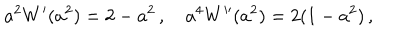
a ^ { 2 } W ^ { \prime } ( a ^ { 2 } ) = 2 - a ^ { 2 } \, , \quad a ^ { 4 } W ^ { \prime \prime } ( a ^ { 2 } ) = 2 ( 1 - a ^ { 2 } ) \, ,